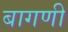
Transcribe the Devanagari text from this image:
बागणी